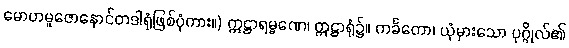
မောဟမူဇောနောင်တဒါရုံဖြစ်ပုံကား။) ဣဋ္ဌာရမ္မဏေ၊ ဣဋ္ဌာရုံ၌။ ကင်္ခတော၊ ယုံမှားသော ပုဂ္ဂိုလ်၏